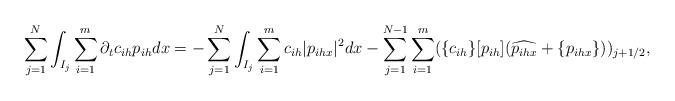
LaTeX: \begin{align*}&\sum_{j=1}^N \int_{I_j} \sum_{i=1}^m \partial_t c_{ih} p_{ih} dx = - \sum_{j=1}^N \int_{I_j} \sum_{i=1}^m c_{ih} |p_{ihx}|^2 dx - \sum_{j=1}^{N-1} \sum_{i=1}^m ( \{c_{ih}\} [p_{ih}] (\widehat{p_{ihx}} +\{p_{ihx}\} ))_{j+1/2},\end{align*}